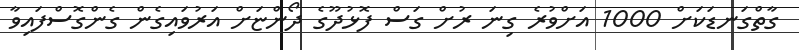
ގާތްގަނޑަކަށް 1000 އަށްވުރެ ގިނަ ރުށް ގަސް ފޮޅުދޫގެ ދޯންޏަށް އަރުވައިގެން ގެންގޮސްފައިވާ